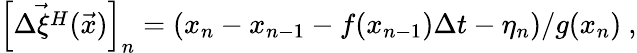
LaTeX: \left[\vec{\Delta\xi^{H}}(\vec{x})\right]_{n}=(x_{n}-x_{n-1}-f(x_{n-1})\Delta t-\eta_{n})/g(x_{n})\ ,